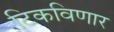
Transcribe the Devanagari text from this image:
टिकविणार